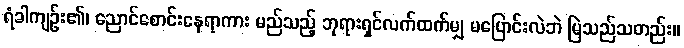
ရံခါကျဉ်း၏၊ ညောင်စောင်းနေရာကား မည်သည့် ဘုရားရှင်လက်ထက်မျှ မပြောင်းလဲဘဲ မြဲသည်သတည်း။